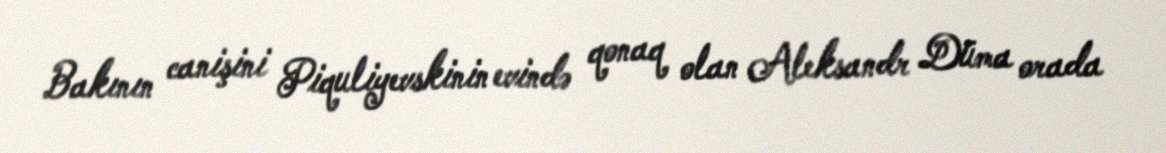
Bakının canişini Piquliyevskinin evində qonaq olan Aleksandr Düma orada